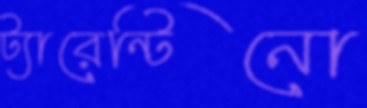
ট্যারেন্টিনো